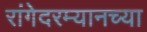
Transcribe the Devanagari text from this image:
रांगेदरम्यानच्या